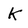
Character: K